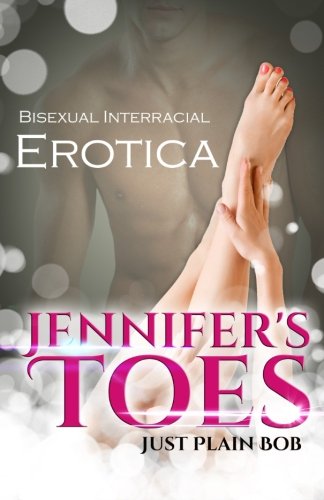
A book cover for Jennifer's Toes: Bisexual Interracial Erotica; Just Plain Bob; Romance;